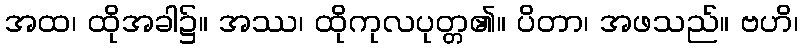
အထ၊ ထိုအခါ၌။ အဿ၊ ထိုကုလပုတ္တ၏။ ပိတာ၊ အဖသည်။ ဗဟိ၊